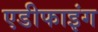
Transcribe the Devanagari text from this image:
एडीफाइंग